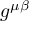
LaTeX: g ^ { \mu \beta }